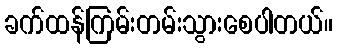
ခက်ထန်ကြမ်းတမ်းသွားစေပါတယ်။